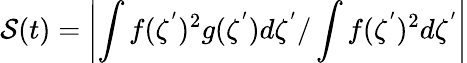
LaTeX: \mathcal{S}(t)=\left|\int f(\zeta^{'})^{2}g(\zeta^{'})d\zeta^{'}/\int f(\zeta^{'})^{2}d\zeta^{'}\right|